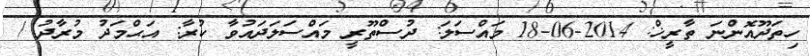
ހިތަދޫއޮންނަ ތާރީޚް: 2014-06-18 މައްސަލަ: ދުސްތޫރީ މައްސަލަދައުވާ ކުރާ: އަޙްމަދު މުރާދު /